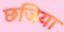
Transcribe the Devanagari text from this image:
छजिया